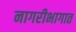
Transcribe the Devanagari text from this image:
नागरीभागात